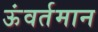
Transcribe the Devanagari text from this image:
ऊंवर्तमान